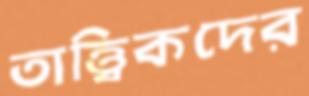
তাত্ত্বিকদের